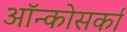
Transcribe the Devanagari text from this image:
ऑन्कोसर्का